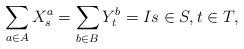
LaTeX: \begin{align*}\sum_{a \in A} X_s^a = \sum_{b \in B} Y_t^b = I s \in S, t \in T,\end{align*}